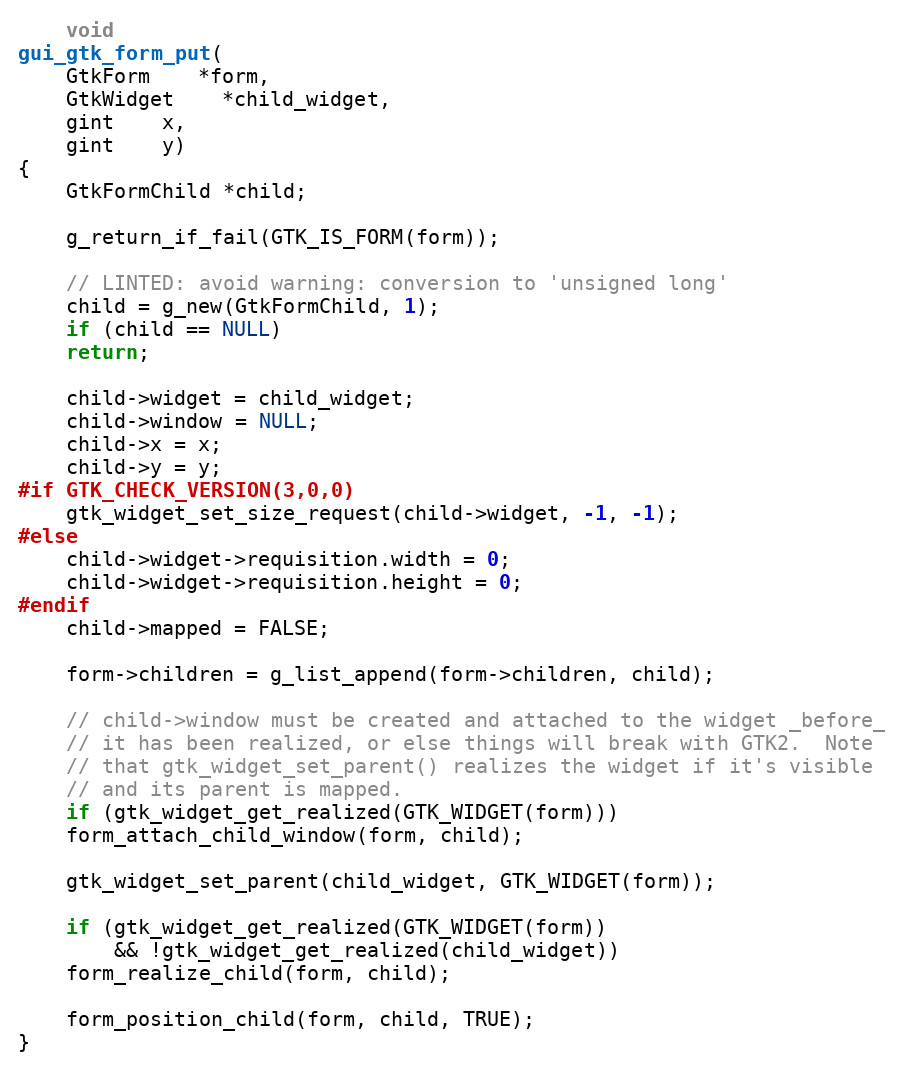
Language: C
    void
gui_gtk_form_put(
	GtkForm	*form,
	GtkWidget	*child_widget,
	gint	x,
	gint	y)
{
    GtkFormChild *child;

    g_return_if_fail(GTK_IS_FORM(form));

    // LINTED: avoid warning: conversion to 'unsigned long'
    child = g_new(GtkFormChild, 1);
    if (child == NULL)
	return;

    child->widget = child_widget;
    child->window = NULL;
    child->x = x;
    child->y = y;
#if GTK_CHECK_VERSION(3,0,0)
    gtk_widget_set_size_request(child->widget, -1, -1);
#else
    child->widget->requisition.width = 0;
    child->widget->requisition.height = 0;
#endif
    child->mapped = FALSE;

    form->children = g_list_append(form->children, child);

    // child->window must be created and attached to the widget _before_
    // it has been realized, or else things will break with GTK2.  Note
    // that gtk_widget_set_parent() realizes the widget if it's visible
    // and its parent is mapped.
    if (gtk_widget_get_realized(GTK_WIDGET(form)))
	form_attach_child_window(form, child);

    gtk_widget_set_parent(child_widget, GTK_WIDGET(form));

    if (gtk_widget_get_realized(GTK_WIDGET(form))
	    && !gtk_widget_get_realized(child_widget))
	form_realize_child(form, child);

    form_position_child(form, child, TRUE);
}